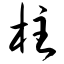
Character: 柱